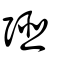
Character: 弬